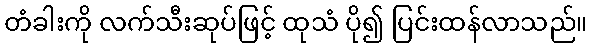
တံခါးကို လက်သီးဆုပ်ဖြင့် ထုသံ ပို၍ ပြင်းထန်လာသည်။